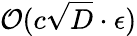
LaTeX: \mathcal{O}(c\sqrt{D}\cdot\epsilon)